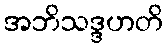
အဘိသဒ္ဒဟတိ